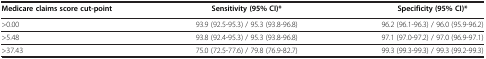
| Medicare claims score cut-point | Sensitivity (95% CI)* | Specificity (95% CI)* |
 | --- | --- | --- |
 | >0.00 | 93.9 (92.5-95.3) / 95.3 (93.8-96.8) | 96.2 (96.1-96.3) / 96.0 (95.9-96.2) |
 | >5.48 | 93.8 (92.4-95.3) / 95.3 (93.8-96.8) | 97.1 (97.0-97.2) / 97.0 (96.9-97.1) |
 | >37.43 | 75.0 (72.5-77.6) / 79.8 (76.9-82.7) | 99.3 (99.3-99.3) / 99.3 (99.2-99.3) |